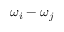
{ \omega _ { i } - \omega _ { j } }